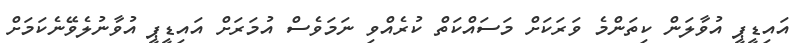
އައިޑީޕީ އުވާލަން ކިތަންމެ ވަރަކަށް މަސައްކަތް ކުރެއްވި ނަމަވެސް އުމަރަށް އައިޑީޕީ އުވާނުލެވޭނެކަމަށް